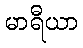
မာရီယာ